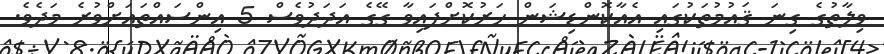
ވިލާތުގެ ގިނަ ޤައުމުތަކުގައި އެއާކޮންޑިޝަން ހަރުކޮށްފައިވާ ގޭގެ އަދަދުވެސް 5 އިންސައްތައަށްވުރެ މަދެވެ.